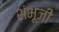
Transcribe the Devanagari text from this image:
शंभूजी